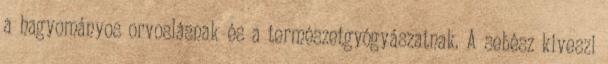
a hagyományos orvoslásnak és a természetgyógyászatnak. A sebész kiveszi